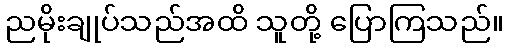
ညမိုးချုပ်သည်အထိ သူတို့ ပြောကြသည်။